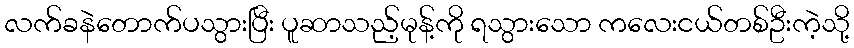
လက်ခနဲတောက်ပသွားပြီး ပူဆာသည့်မုန့်ကို ရသွားသော ကလေးငယ်တစ်ဦးကဲ့သို့